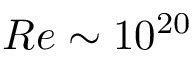
R e \sim 1 0 ^ { 2 0 }